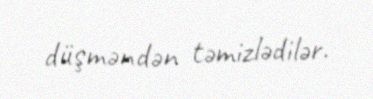
düşməndən təmizlədilər.